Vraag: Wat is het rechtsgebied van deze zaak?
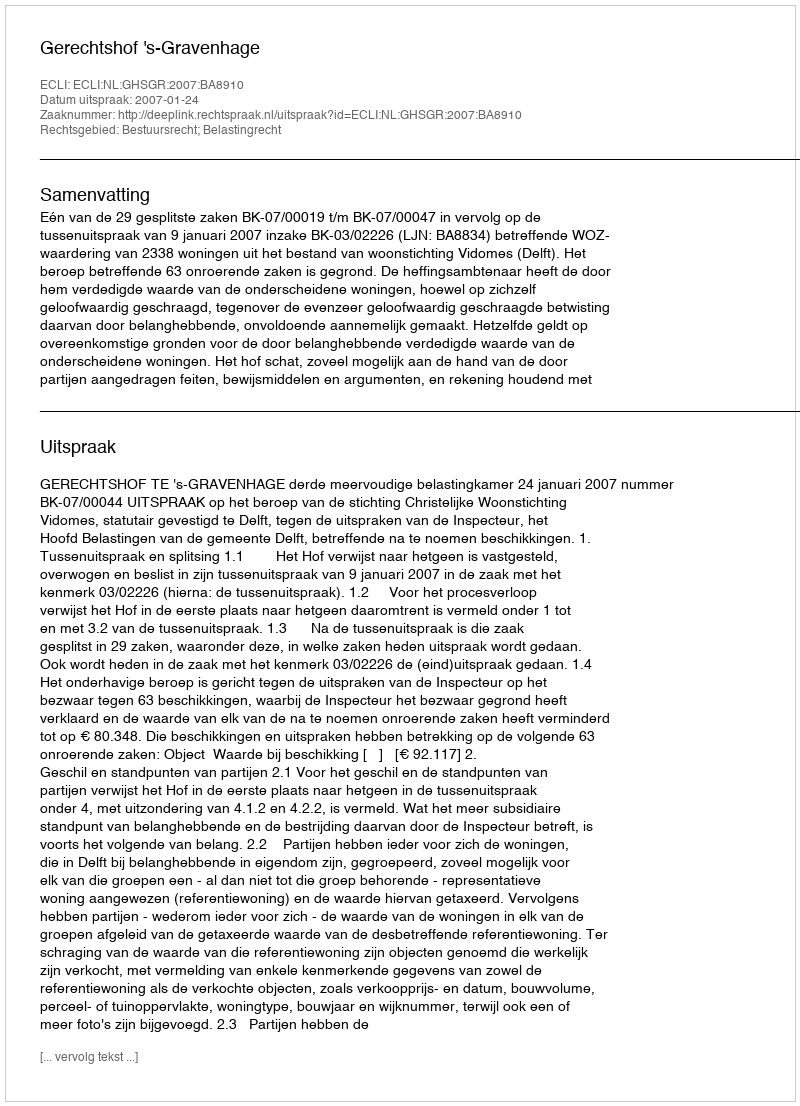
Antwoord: Bestuursrecht; Belastingrecht